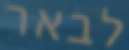
לבאר